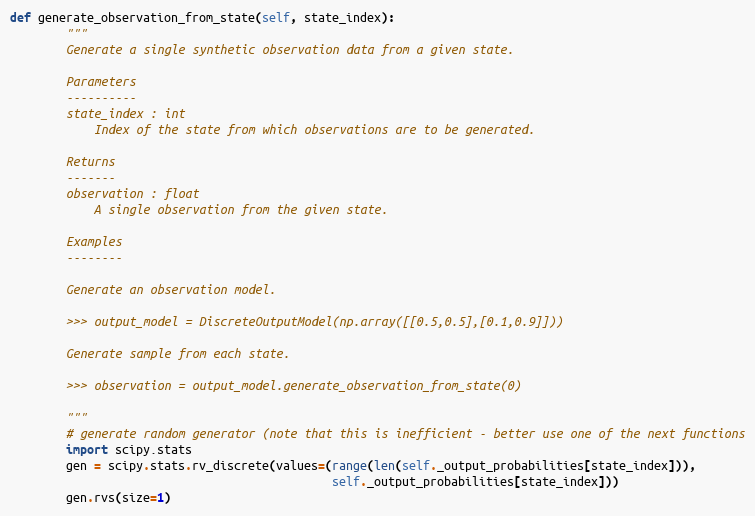
Language: Python
def generate_observation_from_state(self, state_index):
        """
        Generate a single synthetic observation data from a given state.

        Parameters
        ----------
        state_index : int
            Index of the state from which observations are to be generated.

        Returns
        -------
        observation : float
            A single observation from the given state.

        Examples
        --------

        Generate an observation model.

        >>> output_model = DiscreteOutputModel(np.array([[0.5,0.5],[0.1,0.9]]))

        Generate sample from each state.

        >>> observation = output_model.generate_observation_from_state(0)

        """
        # generate random generator (note that this is inefficient - better use one of the next functions
        import scipy.stats
        gen = scipy.stats.rv_discrete(values=(range(len(self._output_probabilities[state_index])),
                                              self._output_probabilities[state_index]))
        gen.rvs(size=1)